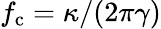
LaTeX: f_{\mathrm{c}}=\kappa/(2\pi\gamma)